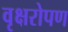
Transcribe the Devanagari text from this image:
वृक्षरोपण